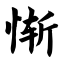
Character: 惭